Epidemic dropsy in Calcutta - Number 49
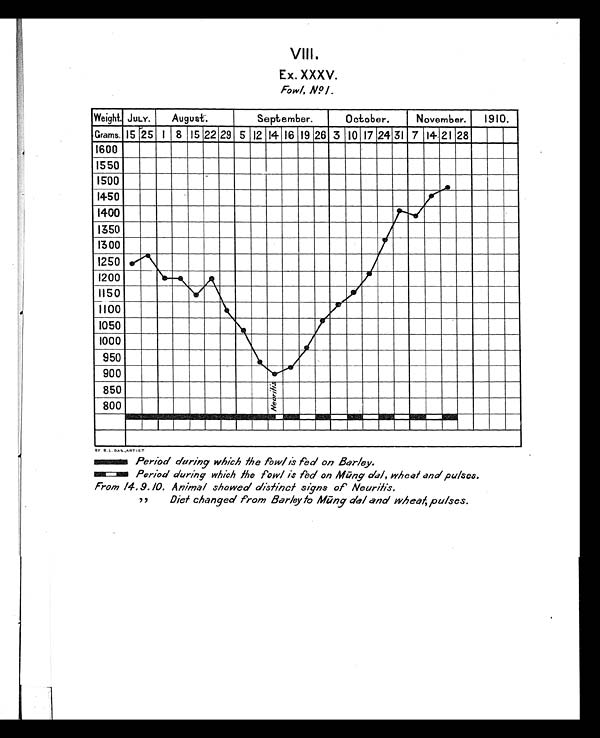
VIII.
Ex. XXXV.
Fowl, No I .
BY B.L. DAS.,ART I ST
Period during which the fowl is fed on Barley.
Period during which the fowl is fed on Mūng dal, wheal and pulses.
From 14.9.10. Animal showed distinct signs of Neurilis.
Diet changed Prom Barley to Mūng dal and wheat, pulses.